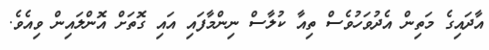
އާދައިގެ މަތިން އެދުވަހުވެސް ތިއާ ކުލާސް ނިންމާފައި އައި ގޮތަށް އޮންލައިން ވިއެވެ.